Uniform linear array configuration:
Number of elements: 32
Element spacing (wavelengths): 0.25
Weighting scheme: kaiser
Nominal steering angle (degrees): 60
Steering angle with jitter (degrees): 60.442
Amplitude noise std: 0.05
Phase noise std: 0.05

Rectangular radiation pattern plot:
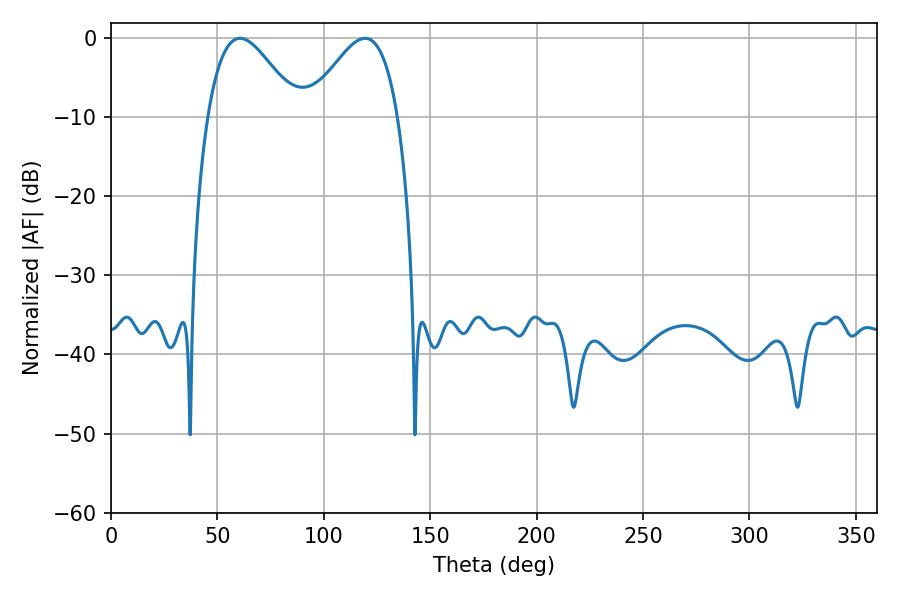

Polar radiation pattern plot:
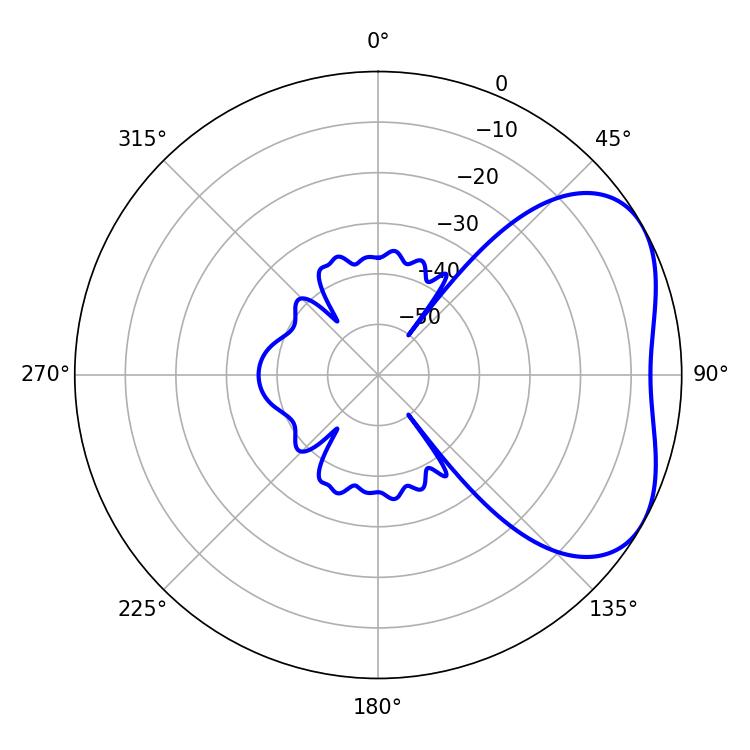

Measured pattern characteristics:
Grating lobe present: FALSE
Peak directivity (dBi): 4.068
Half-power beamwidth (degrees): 22.68
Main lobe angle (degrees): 60.66